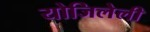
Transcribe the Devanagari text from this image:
योजिलेली